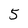
Character: 5